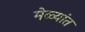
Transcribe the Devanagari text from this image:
मेळ्यांत